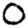
Digit: 0